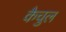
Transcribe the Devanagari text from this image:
कैचुल